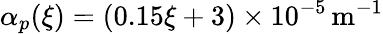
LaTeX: \alpha_{p}(\xi)=(0.15\xi+3)\times 10^{-5}\mathrm{\, m^{-1}}